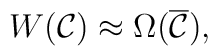
W({\cal C}) \approx \Omega(\overline{\cal C}),